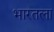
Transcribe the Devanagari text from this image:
भारतला